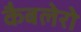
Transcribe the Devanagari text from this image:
कैबलेरो